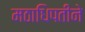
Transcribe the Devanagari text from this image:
मठाधिपतीने